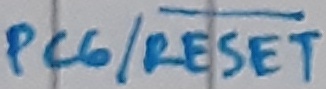
Text: PC6/RESET